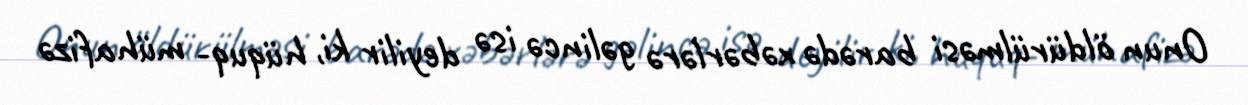
Onun öldürülməsi barədə xəbərlərə gəlincə isə deyilir ki, hüquq- mühafizə